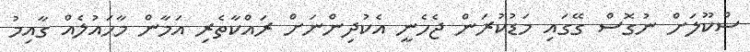
ސްކޫލަށް ނުގޮސް ގޭގައި މަޑުކުރަން ޖެހެނީ އެކުދިންނަށް ރައްކާތެރި އަމާން މާހައުލެއް ގާއިމު